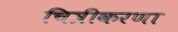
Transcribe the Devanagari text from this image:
चित्रीकरणा